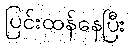
ပြင်းထန်နေပြီး